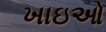
ખાઇઓ